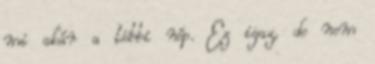
mi akár a többi nép. Ez igaz, de nem